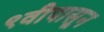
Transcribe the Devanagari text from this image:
९वीपासून